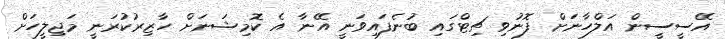
އޭސީސީން އަލްހާނަށް ފޮނުވި ޗިޓްގައި ބުނެފައިވަނީ އޭނާ އެ ކޮމިޝަނަށް ހާޒިރުކުރަނީ މަޖިލީހަށް